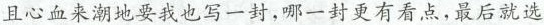
且心血来潮地要我也写一封，那一封更有看点，最后就选